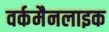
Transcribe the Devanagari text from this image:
वर्कमैनलाइक